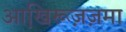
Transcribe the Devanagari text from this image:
आखि़रूज़ज़मा